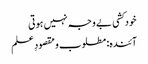
خودکشی بے وجہ نہیں ہوتی
آئندہ: مطلوب و مقصودِ علم